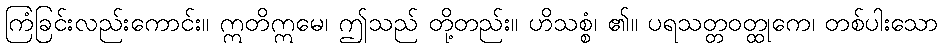
ကြံခြင်းလည်းကောင်း။ ဣတိဣမေ၊ ဤသည် တို့တည်း။ ဟိသစ္စံ၊ ၏။ ပရသတ္တဝတ္ထုကေ၊ တစ်ပါးသော